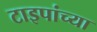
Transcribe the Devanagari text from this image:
टाइपांच्या